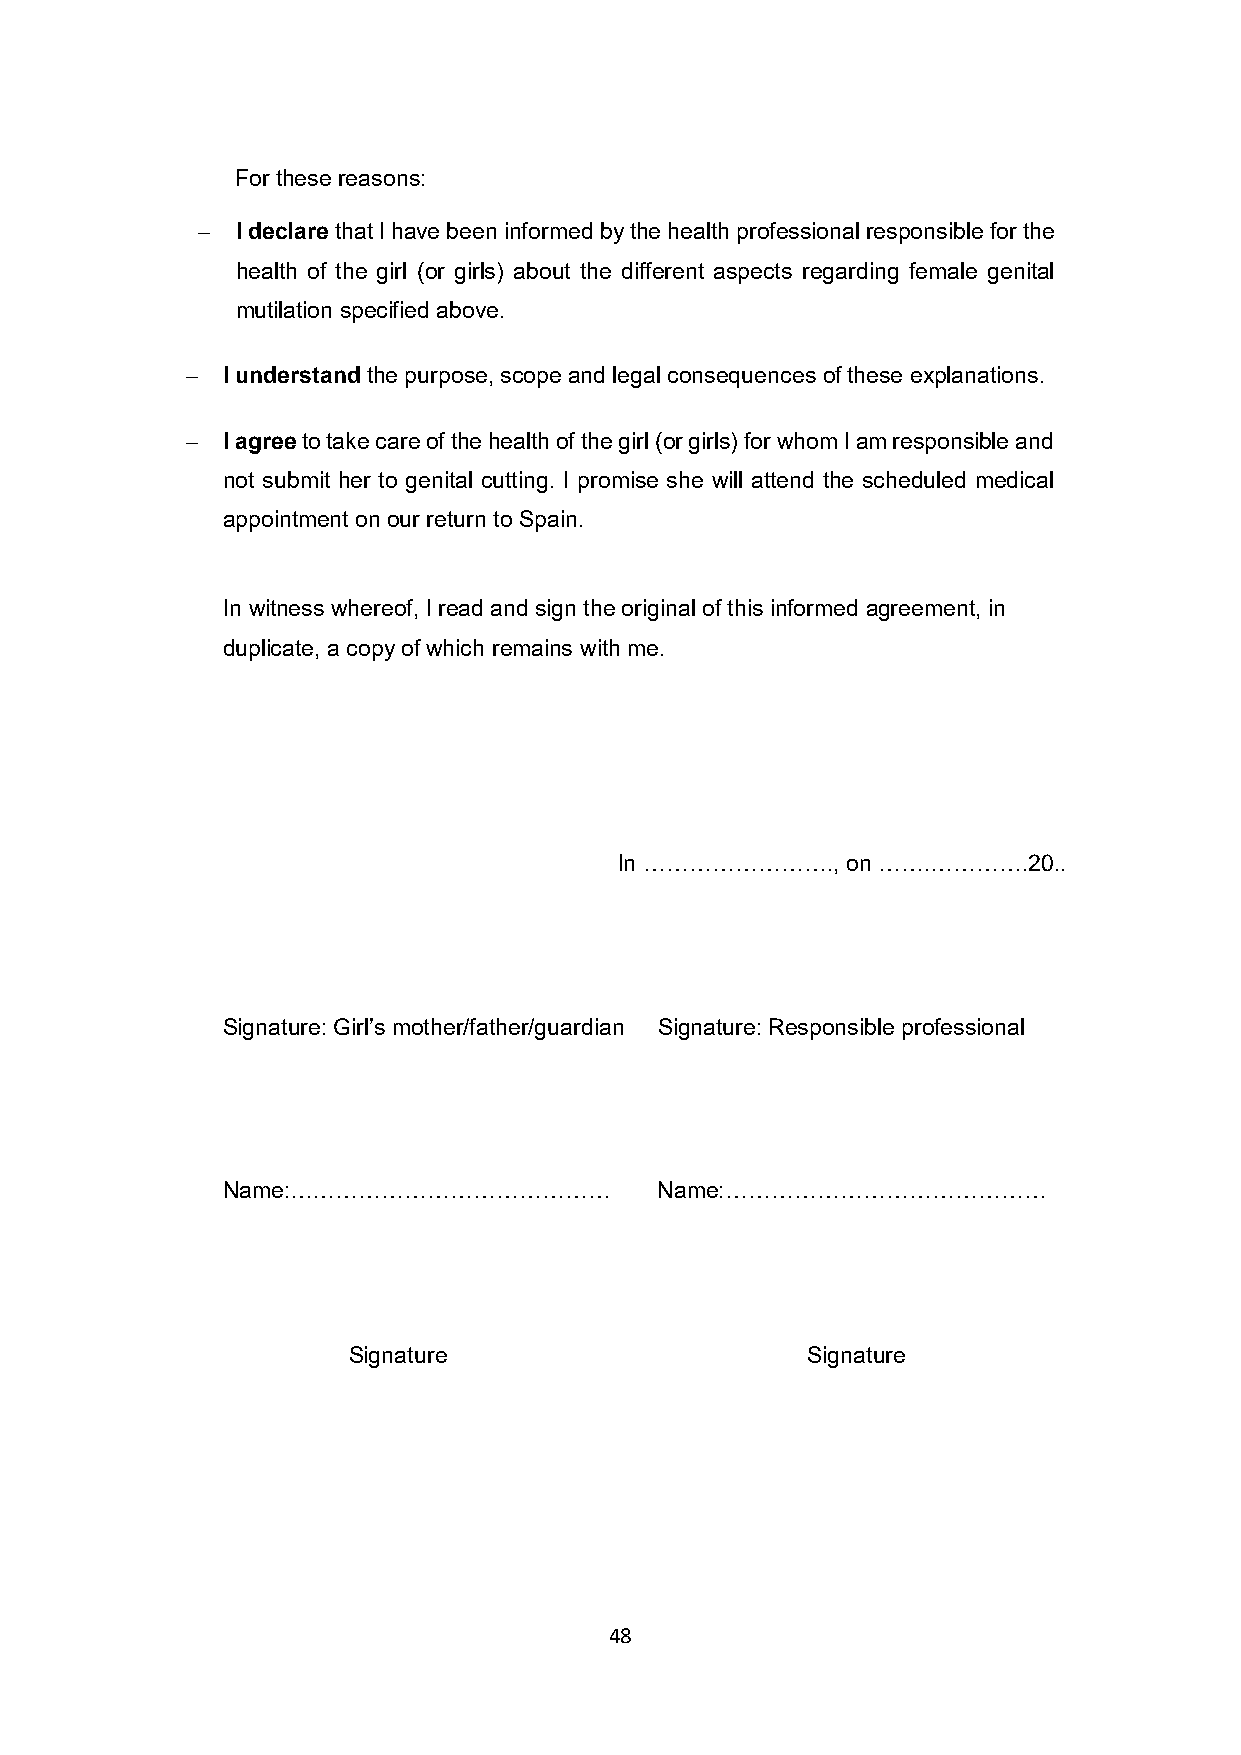
For these reasons:
   I declare that I have been informed by the health professional responsible for the
 health of the girl (or girls) about the different aspects regarding female genital
 mutilation specified above.
   I understand the purpose, scope and legal consequences of these explanations.
   I agree to take care of the health of the girl (or girls) for whom I am responsible and
 not submit her to genital cutting. I promise she will attend the scheduled medical
 appointment on our return to Spain.
 In witness whereof, I read and sign the original of this informed agreement, in
 duplicate, a copy of which remains with me.
 In …………………….,  on …….………….20..
 Signature: Girl’s mother/father/guardian Signature: Responsible professional
 Name:……………………………………          Name:……………………………………
 Signature                     Signature
 48